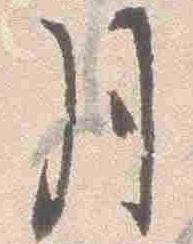
月